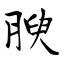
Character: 腴